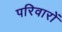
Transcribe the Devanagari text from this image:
परिवारों